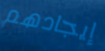
إيجادهم